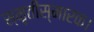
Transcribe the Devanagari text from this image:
स्मृतीस्मारक।